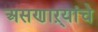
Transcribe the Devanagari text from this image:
असणाऱ्यांचे